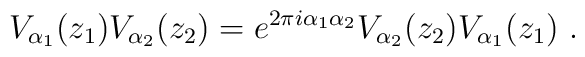
V_{\alpha_1}(z_1)V_{\alpha_2}(z_2)                  = e^{2\pi i\alpha_1\alpha_2} V_{\alpha_2}                    (z_2) V_{\alpha_1}(z_1)~.